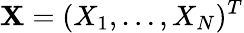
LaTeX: \mathbf{X}=(X_{1},\ldots,X_{N})^{T}